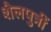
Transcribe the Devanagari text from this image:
शैलपुत्रीं